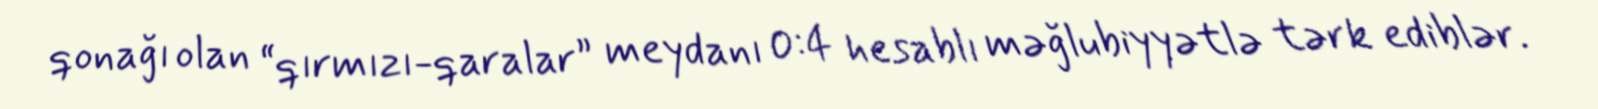
qonağı olan “qırmızı-qaralar” meydanı 0:4 hesablı məğlubiyyətlə tərk ediblər.